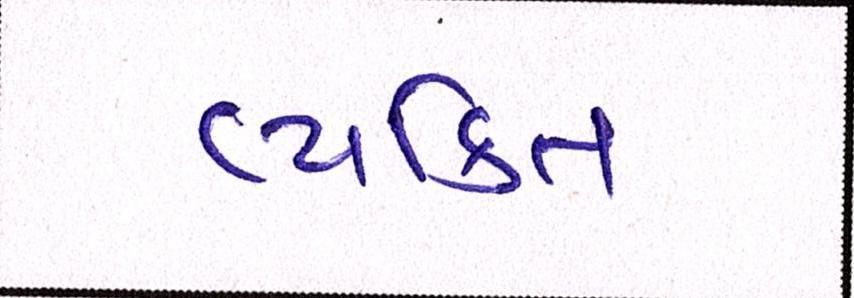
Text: વ્યક્તિ